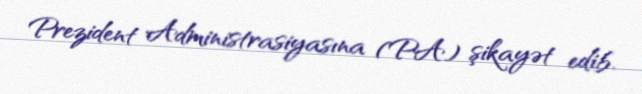
Prezident Administrasiyasına (PA) şikayət edib.